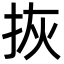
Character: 拻